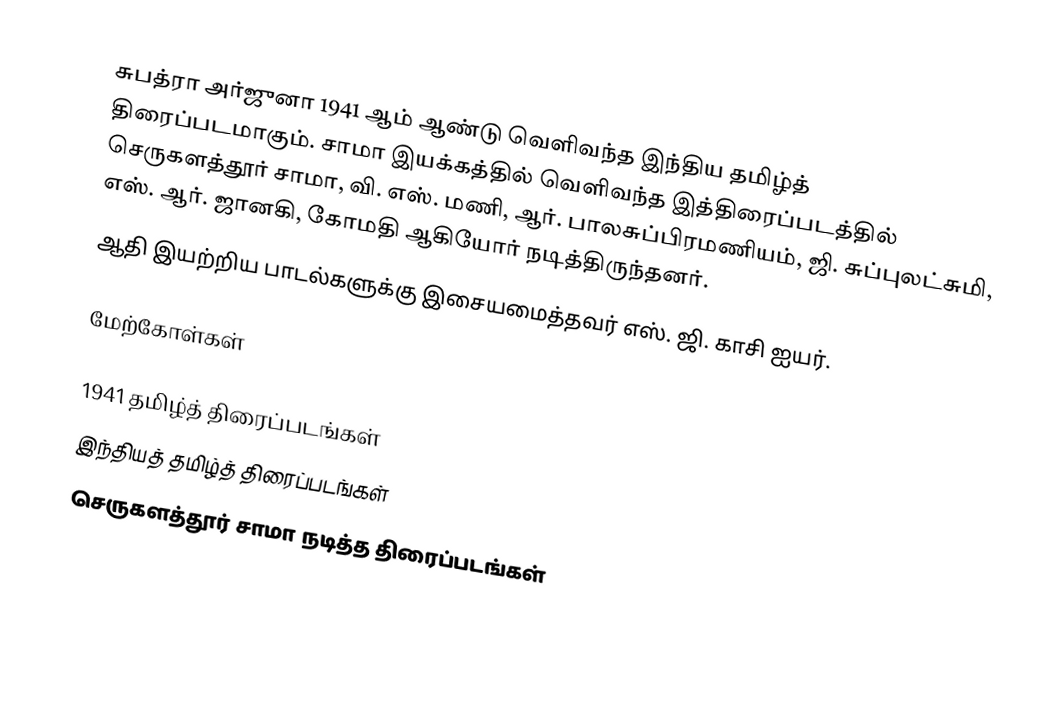
சுபத்ரா அர்ஜுனா 1941 ஆம் ஆண்டு வெளிவந்த இந்திய தமிழ்த் திரைப்படமாகும். சாமா இயக்கத்தில் வெளிவந்த இத்திரைப்படத்தில் செருகளத்தூர் சாமா, வி. எஸ். மணி, ஆர். பாலசுப்பிரமணியம், ஜி. சுப்புலட்சுமி, எஸ். ஆர். ஜானகி, கோமதி ஆகியோர் நடித்திருந்தனர்.
ஆதி இயற்றிய பாடல்களுக்கு இசையமைத்தவர் எஸ். ஜி. காசி ஐயர்.

மேற்கோள்கள்

1941 தமிழ்த் திரைப்படங்கள்
இந்தியத் தமிழ்த் திரைப்படங்கள்
செருகளத்தூர் சாமா நடித்த திரைப்படங்கள்